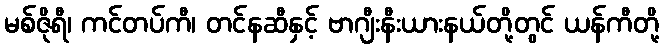
မစ်ဇိုရီ၊ ကင်တပ်ကီ၊ တင်နဆီနှင့် ဗာဂျီးနီးယားနယ်တို့တွင် ယန်ကီတို့